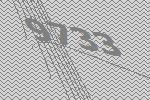
9733